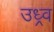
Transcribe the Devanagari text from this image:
उध्र्व